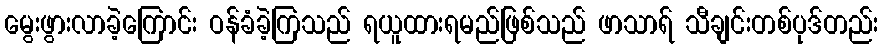
မွေးဖွားလာခဲ့ကြောင်း ဝန်ခံခဲ့ကြသည် ရယူထားရမည်ဖြစ်သည် ဖာသာရ် သီချင်းတစ်ပုဒ်တည်း